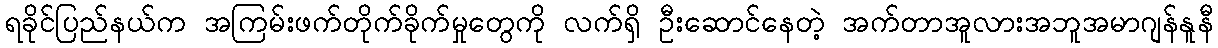
ရခိုင်ပြည်နယ်က အကြမ်းဖက်တိုက်ခိုက်မှုတွေကို လက်ရှိ ဦးဆောင်နေတဲ့ အက်တာအူလားအဘူအမာဂျန်နူနီ